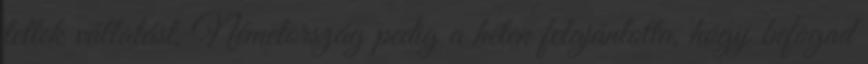
tettek vállalást, Németország pedig a héten felajánlotta, hogy befogad